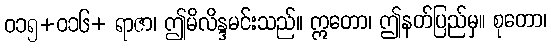
ဝ၁၅+ဝ၁၆+ ရာဇာ၊ ဤမိလိန္ဒမင်းသည်။ ဣတော၊ ဤနတ်ပြည်မှ။ စုတော၊